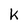
Character: K